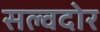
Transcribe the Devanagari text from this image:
सल्वदोर